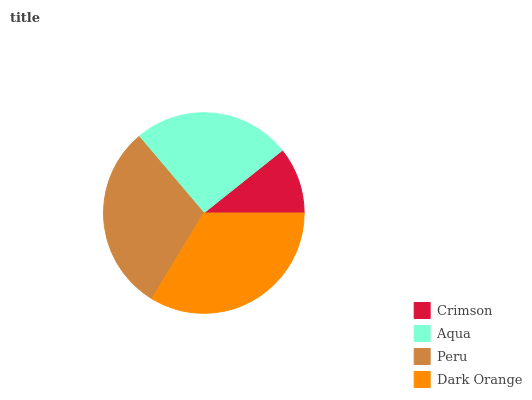
| Crimson | Aqua | Peru | Dark Orange |
 | --- | --- | --- | --- |
 | 10.7% | 25.5% | 30.1% | 33.7% |